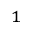
{ } ^ { 1 }